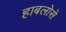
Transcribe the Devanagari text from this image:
हाबलोसे